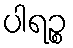
ပါရဉ္စ